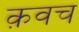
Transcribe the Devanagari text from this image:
क़वच